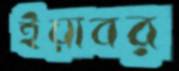
ইয়াবর